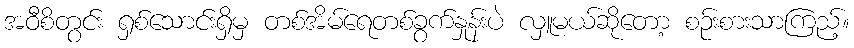
အဝီစိတွင်း ရှစ်သောင်းရှိမှ တစ်အိမ်ရေတစ်ခွက်နှုန်းပဲ လှူမယ်ဆိုတော့ စဉ်းစားသာကြည့်။